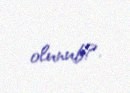
olunub?.